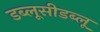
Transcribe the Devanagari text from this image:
डब्लूसीडब्लू